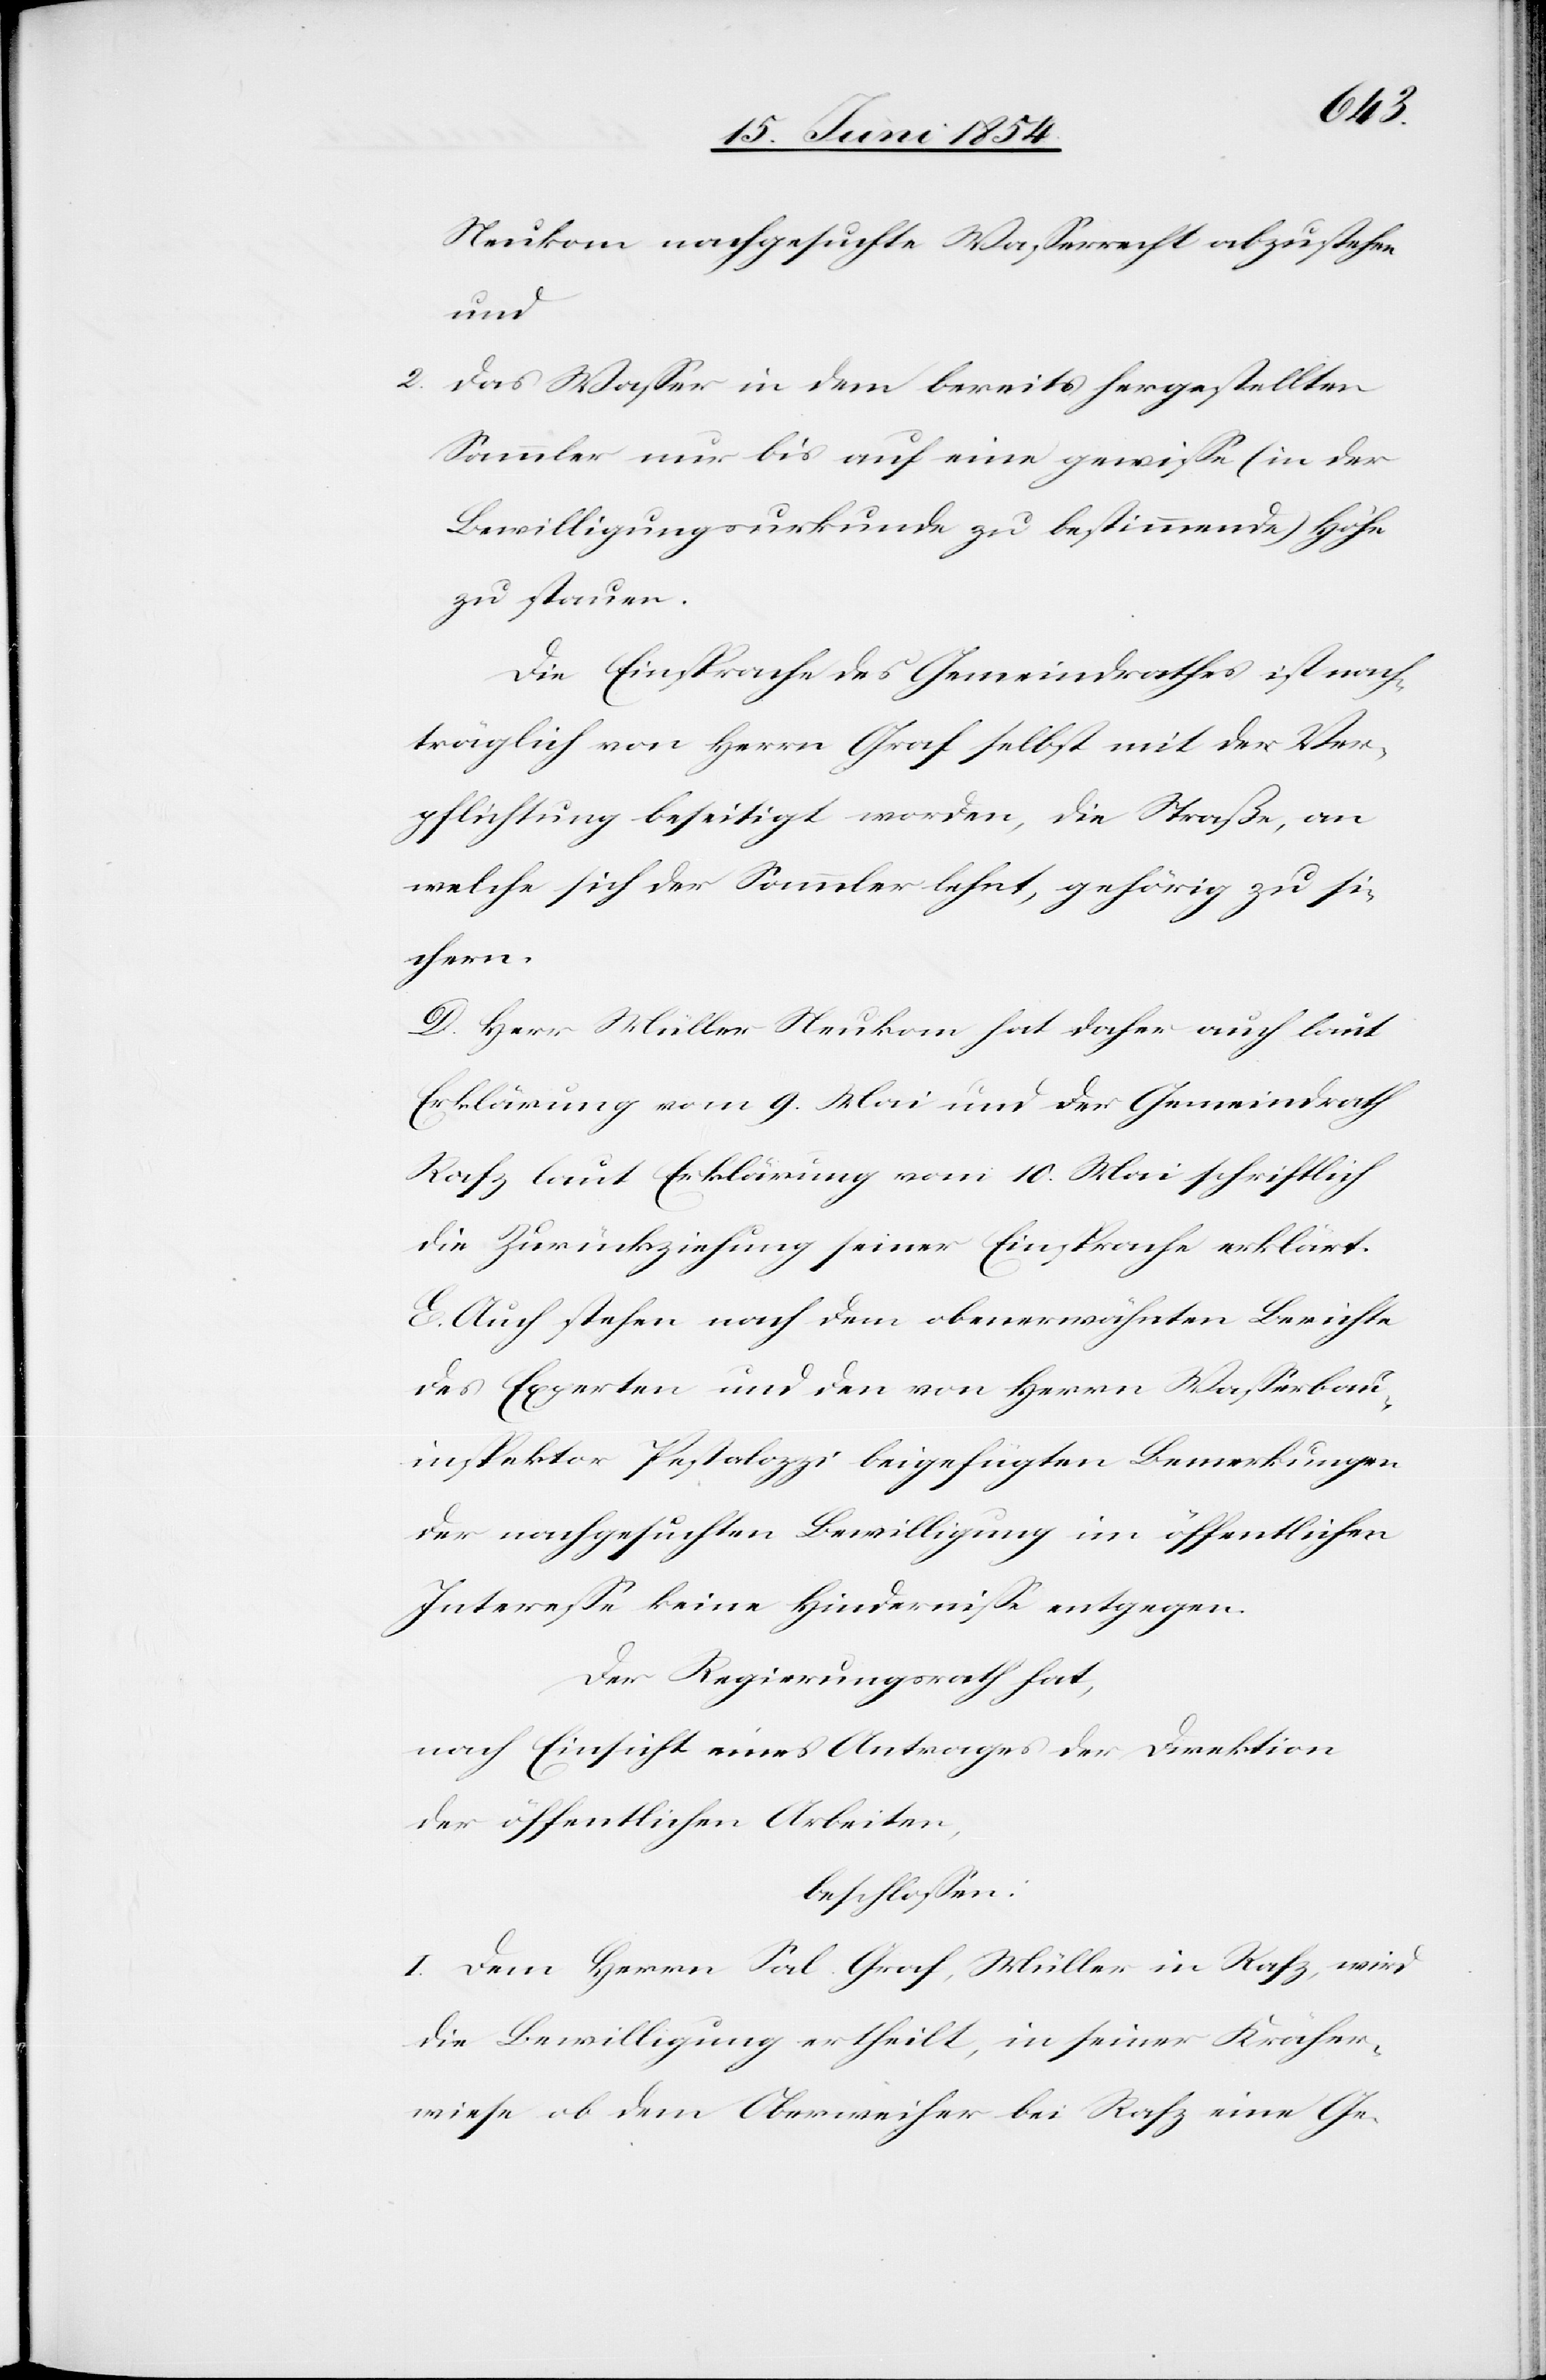
Neukom nachgesuchte Waßerrecht abzustehen
und
2.) das Waßer in dem bereits hergestellten
Sammler nur bis auf eine gewiße (in der
Bewilligungsurkunde zu bestimmende) Höhe
zu stauen.
Die Einsprache des Gemeindrathes ist nach¬
träglich von Herrn Graf selbst mit der Ver¬
pflichtung beseitigt worden, die Straße, an
welche sich der Sammler lehnt, gehörig zu si¬
chern.
D. Herr Müller Neukom hat daher auch laut
Erklärung vom 9. Mai und der Gemeindrath
Rafz laut Erklärung vom 10. Mai schriftlich
die Zurückziehung seiner Einsprache erklärt.
E. Auch stehen nach dem obenerwähnten Berichte
des Experten und den von Herrn Waßerbau¬
inspektor Pestalozzi beigefügten Bemerkungen
der nachgesuchten Bewilligung im öffentlichen
Intereße keine Hinderniße entgegen.
Der Regierungsrath hat,
nach Einsicht eines Antrages der Direktion
der öffentlichen Arbeiten,
beschloßen:
I. Dem Herrn Sal. Graf, Müller in Rafz, wird
die Bewilligung ertheilt, in seiner Kräher¬
wiese ob dem Oberweiher bei Rafz eine Ge-